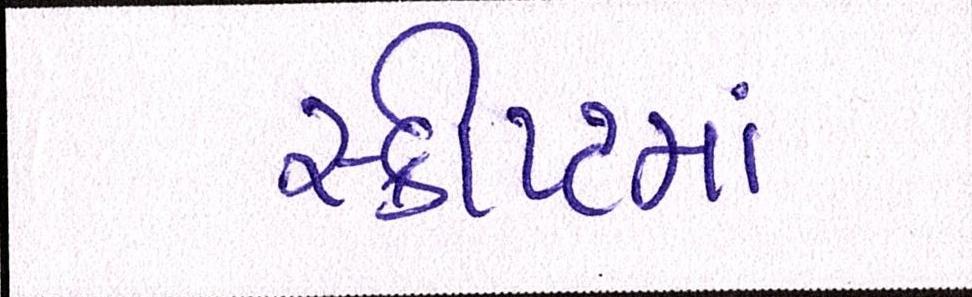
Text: સ્ક્રીપ્ટમાં